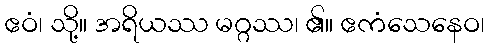
ဧဝံ၊ သို့။ အရိယဿ မဂ္ဂဿ၊ ၏။ ဧကံသေနေဝ၊